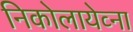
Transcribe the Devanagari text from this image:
निकोलायेव्ना